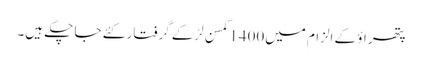
پتھر اؤ کے الزام میں1400کمسن لڑکے گرفتار کئے جا چکے ہیں۔